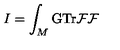
I = \int _ { M } \mathrm { G T r } { \cal F F }